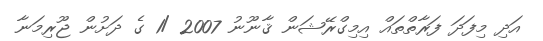
އަދި މިފަދަ ފަރާތްތައް އިމިގްރޭޝަން ޤާނޫނު 2007 /1 ގެ ދަށުން ޖޫރިމަނާ